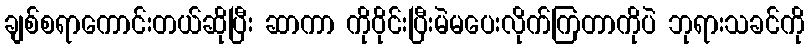
ချစ်စရာကောင်းတယ်ဆိုပြီး ဆာကာ ကိုဝိုင်းပြီးမဲမပေးလိုက်ကြတာကိုပဲ ဘုရားသခင်ကို